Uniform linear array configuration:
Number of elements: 32
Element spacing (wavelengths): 1
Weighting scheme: kaiser
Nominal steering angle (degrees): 60
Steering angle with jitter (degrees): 60.468
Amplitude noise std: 0.05
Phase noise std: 0.05

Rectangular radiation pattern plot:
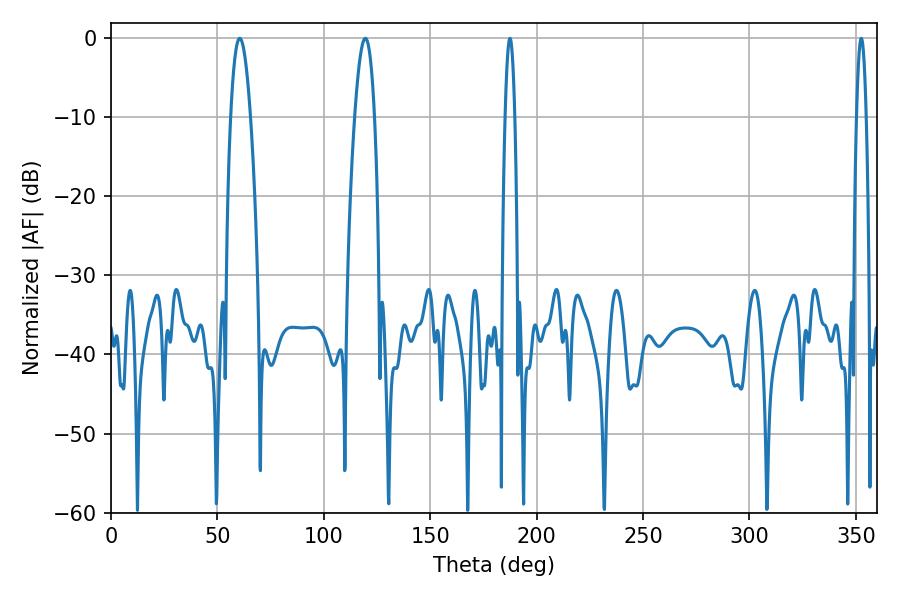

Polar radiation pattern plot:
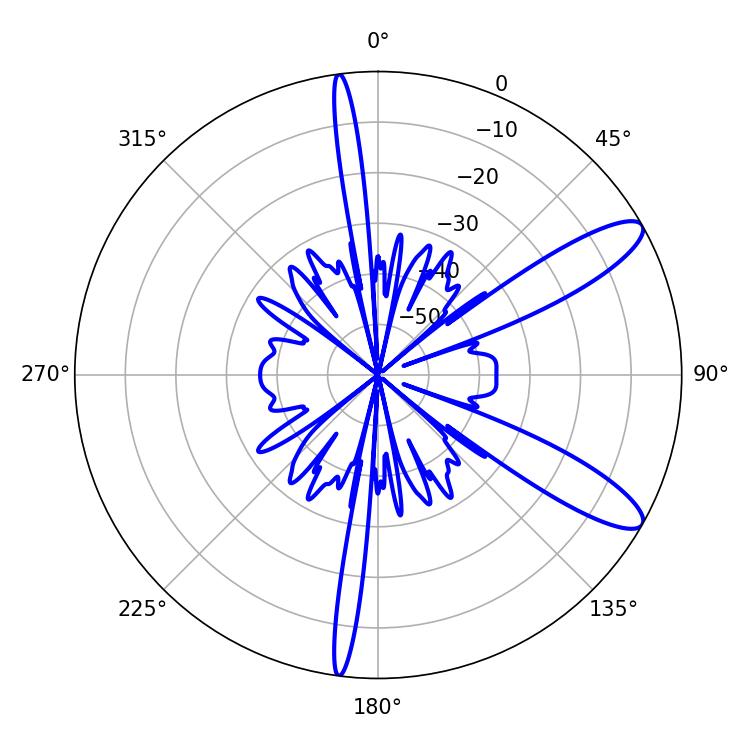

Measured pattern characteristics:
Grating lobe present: TRUE
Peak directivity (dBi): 11.078
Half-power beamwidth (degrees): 5.04
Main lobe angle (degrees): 60.48